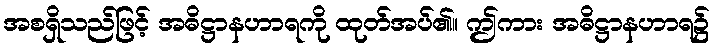
အစရှိသည်ဖြင့် အဓိဋ္ဌာနဟာရကို ထုတ်အပ်၏။ ဤကား အဓိဋ္ဌာနဟာရ၌